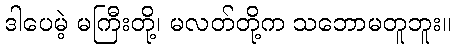
ဒါပေမဲ့ မကြီးတို့၊ မလတ်တို့က သဘောမတူဘူး။